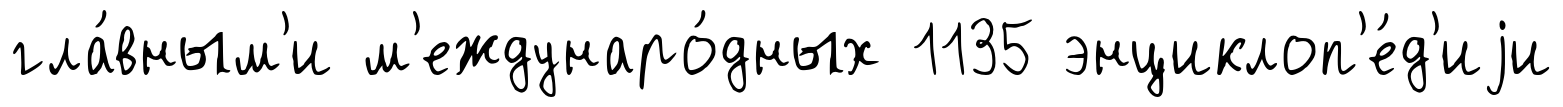
гла́вным'и м'еждунаро́дных 1135 энциклоп'е́д'иjи